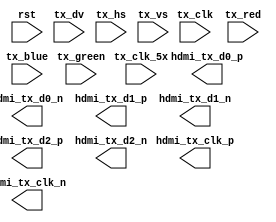
module hdmi_tx(
   //Clock and reset.
   input  wire       tx_clk,              //Pixel clock input.
   input  wire       tx_clk_5x,           //5x pixel clock input.
   input  wire       rst,                 //Reset signal.
   
   //Input video data.
   input  wire [7:0] tx_red,              //Red video signal.
   input  wire [7:0] tx_green,            //Green video signal.
   input  wire [7:0] tx_blue,             //Blue video signal.
   input  wire       tx_dv,            //Blanking signal.
   input  wire       tx_hs,            //Horizontal sync signal.
   input  wire       tx_vs,            //Vertical sync signal.
   
   //Output TMDS signals.
   output wire       hdmi_tx_clk_p,    //TMDS CLOCK line.
   output wire       hdmi_tx_clk_n,
   output wire       hdmi_tx_d0_p,    //TMDS DATA0 line.
   output wire       hdmi_tx_d0_n,
   output wire       hdmi_tx_d1_p,    //TMDS DATA1 line.
   output wire       hdmi_tx_d1_n,
   output wire       hdmi_tx_d2_p,    //TMDS DATA2 line.
   output wire       hdmi_tx_d2_n
);


endmodule